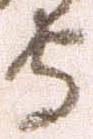
守